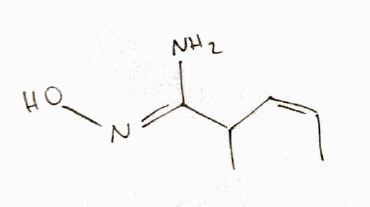
Simplified molecular-input line-entry system (SMILES) notation of the given molecule:
C/C=C\C(C)/C(=N/O)/N